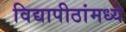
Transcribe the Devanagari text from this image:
विद्यापीठांमध्‍ये